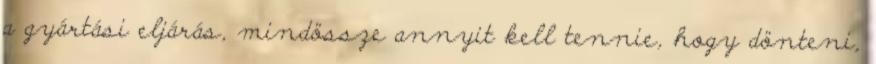
a gyártási eljárás, mindössze annyit kell tennie, hogy dönteni,